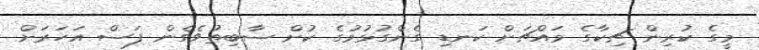
މީގެ ކުރިން ޗިކާގެ މައްޗަށް ކަނޑި ގެންގުޅުމުގެ ކުށް ސާބިތުވެގެން ފަސް އަހަރަށް